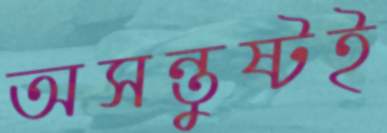
অসন্তুষ্টই